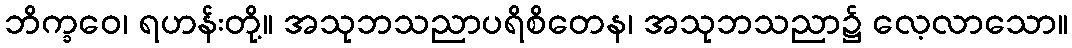
ဘိက္ခဝေ၊ ရဟန်းတို့။ အသုဘသညာပရိစိတေန၊ အသုဘသညာ၌ လေ့လာသော။